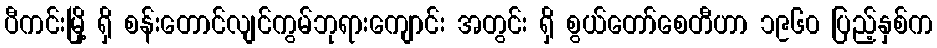
ပီကင်းမြို့ ရှိ စန်းတောင်လျင်ကွမ်ဘုရားကျောင်း အတွင်း ရှိ စွယ်တော်စေတီဟာ ၁၉၆၀ ပြည့်နှစ်က